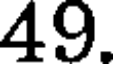
49.